Annual administration report of the Civil Veterinary Department of India - 1896-1897
Year: 1896
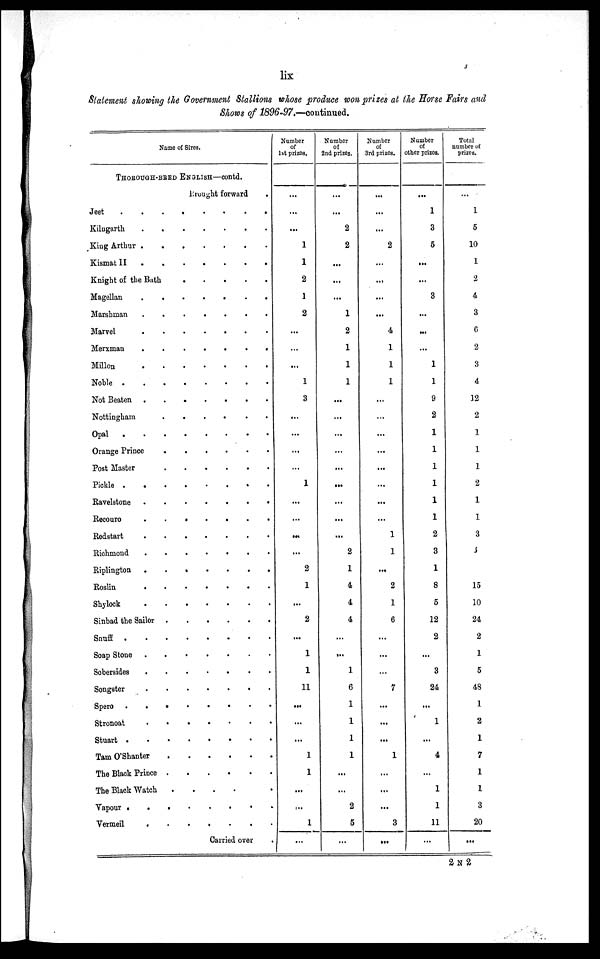
lix
Statement showing the Government Stallions whose produce won prizes at the Horse Fairs and
Shows of 1896-97.—continued.
Name of Sires.
THOROUGH-BRED ENGLISH—contd.
Brought forward .
Jeet
.
.
.
.
.
.
.
.
Kilugarth
.
.
.
.
.
.
.
King Arthur
.
.
.
.
.
.
.
Kismat
II
.
.
.
.
.
.
.
Knight of the Bath
.
.
.
.
.
Magellan
Marshman
.
.
.
.
.
.
.
Marvel
Merxman
.
.
.
.
.
.
.
Millon
.
.
.
.
.
.
.
Noble
Not Beaten
Nottingham
.
.
.
.
.
.
Opal
Orange Prince
.
.
.
.
.
.
Post Master
.
.
.
.
.
.
Pickle
Ravelstone
.
.
.
.
.
.
.
Recouro
.
.
.
.
.
.
.
Redstart
.
.
.
.
.
.
.
Richmond
Riplington
.
.
.
.
.
.
.
Roslin
.
.
.
.
.
.
.
Shylock
.
.
.
.
.
.
.
Sinbad the Sailor
.
.
.
.
.
.
Snuff
Soap Stone
Sobersides
Songster
Spero
.
.
.
.
.
.
.
.
Stronoat
.
.
.
.
.
.
.
Stuart
.
.
.
.
.
.
.
.
Tam O'Shanter
.
.
.
.
.
.
The Black Prince
The Black Watch
.
.
.
.
.
Vapour
.
.
.
.
.
.
.
.
Vermeil
.
.
.
.
.
.
.
Carried over
Number
of
1st prizes.
...
...
...
1
1
2
1
2
...
...
...
1
3
...
...
...
...
1
...
...
...
...
2
1
...
2
...
1
1
11
...
...
...
1
1
...
...
1
...
Number
of
2nd prizes.
...
...
2
2
...
...
...
1
2
1
1
1
...
...
...
...
...
...
...
...
...
2
1
4
4
4
...
...
1
6
1
1
1
1
...
...
2
5
...
Number
of
3rd prizes.
...
...
...
2
...
......
...
...
4
1
1
1
...
...
...
...
...
...
...
...
1
1
...
2
1
6
...
...
...
7
...
...
...
1
...
...
...
3
...
Number
of
other prizes.
...
1
3
5
...
...
3
...
...
...
1
1
9
2
1
1
1
1
1
1
2
3
1
8
5
12
2
...
3
24
...
1
...
4
...
1
1
11
...
Total
number of
prizes.
...
1
5
10
1
2
4
3
6
2
3
4
12
2
1
1
1
2
1
1
3
3
15
10
24
2
1
5
48
1
2
1
7
1
1
3
20
...
2 N 2